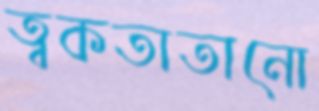
ত্বকতাতানো